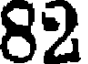
82